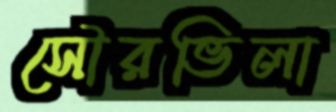
সৌরভিলা